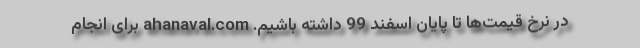
در نرخ قیمت‌ها تا پایان اسفند 99 داشته باشیم. ahanaval.com برای انجام